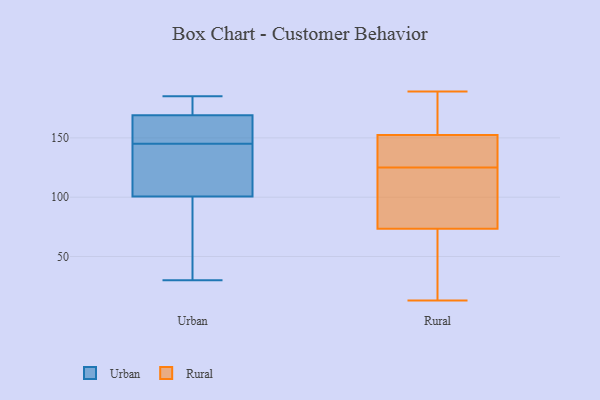
{"axis": {"x": "Waste Production (Tons)", "y": "Value"}, "legend": ["Rural", "Urban"], "data": [{"x": "", "y": 178, "type": "Urban"}, {"x": "", "y": 185, "type": "Urban"}, {"x": "", "y": 30, "type": "Urban"}, {"x": "", "y": 148, "type": "Urban"}, {"x": "", "y": 145, "type": "Urban"}, {"x": "", "y": 176, "type": "Urban"}, {"x": "", "y": 100, "type": "Urban"}, {"x": "", "y": 102, "type": "Urban"}, {"x": "", "y": 141, "type": "Urban"}, {"x": "", "y": 99, "type": "Urban"}, {"x": "", "y": 148, "type": "Urban"}, {"x": "", "y": 129, "type": "Rural"}, {"x": "", "y": 91, "type": "Rural"}, {"x": "", "y": 189, "type": "Rural"}, {"x": "", "y": 184, "type": "Rural"}, {"x": "", "y": 148, "type": "Rural"}, {"x": "", "y": 18, "type": "Rural"}, {"x": "", "y": 143, "type": "Rural"}, {"x": "", "y": 125, "type": "Rural"}, {"x": "", "y": 13, "type": "Rural"}, {"x": "", "y": 90, "type": "Rural"}, {"x": "", "y": 21, "type": "Rural"}, {"x": "", "y": 130, "type": "Rural"}, {"x": "", "y": 166, "type": "Rural"}, {"x": "", "y": 177, "type": "Rural"}, {"x": "", "y": 85, "type": "Rural"}, {"x": "", "y": 99, "type": "Rural"}, {"x": "", "y": 39, "type": "Rural"}]}